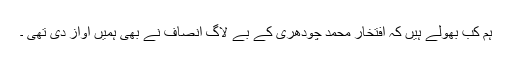
ہم کب بھولے ہیں کہ افتخار محمد چودھری کے بے لاگ انصاف نے بھی ہمیں آواز دی تھی ۔